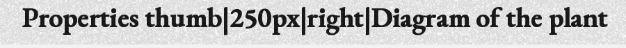
Properties thumb|250px|right|Diagram of the plant